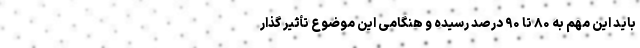
باید این مهم به ۸۰ تا ۹۰ درصد رسیده و هنگامی این موضوع تأثیر گذار